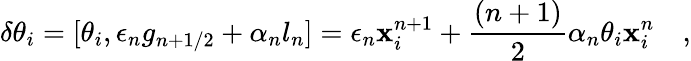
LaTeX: \delta\theta_{i}=[\theta_{i},\epsilon_{n}g_{n+1/2}+\alpha_{n}l_{n}]=\epsilon_{n}\mathbf{x}_{i}^{n+1}+\frac{{(n+1)}}{{2}}\alpha_{n}\theta_{i}\mathbf{x}_{i}^{n}\quad,